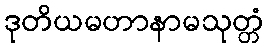
ဒုတိယမဟာနာမသုတ္တံ